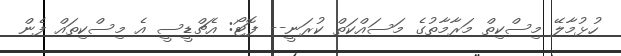
ހުޅުމާލޭ މިސްކިތް މަރާމާތުގެ މަސައްކަތް ކުރަނީ-- ފޮޓޯ: އެޗްޑީސީ އެ މިސްކިތައް ފެން